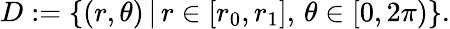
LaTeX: D:=\{ (r,\theta)\left|\, r\in[r_{0},r_{1}],\, \theta\in[0,2\pi)\right.\} .